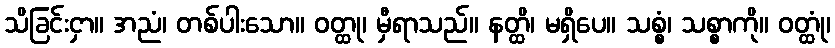
သိခြင်းငှာ။ အညံ၊ တစ်ပါးသော။ ဝတ္ထု၊ မှီရာသည်။ နတ္ထိ၊ မရှိပေ။ သစ္စံ၊ သစ္စာကို။ ဝတ္ထုံ၊